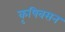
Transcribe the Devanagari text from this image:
कृषिवसन